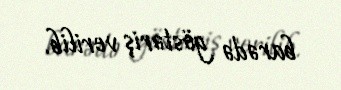
barədə göstəriş verilib.